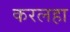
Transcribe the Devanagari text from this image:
करलहा